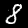
Label: 8